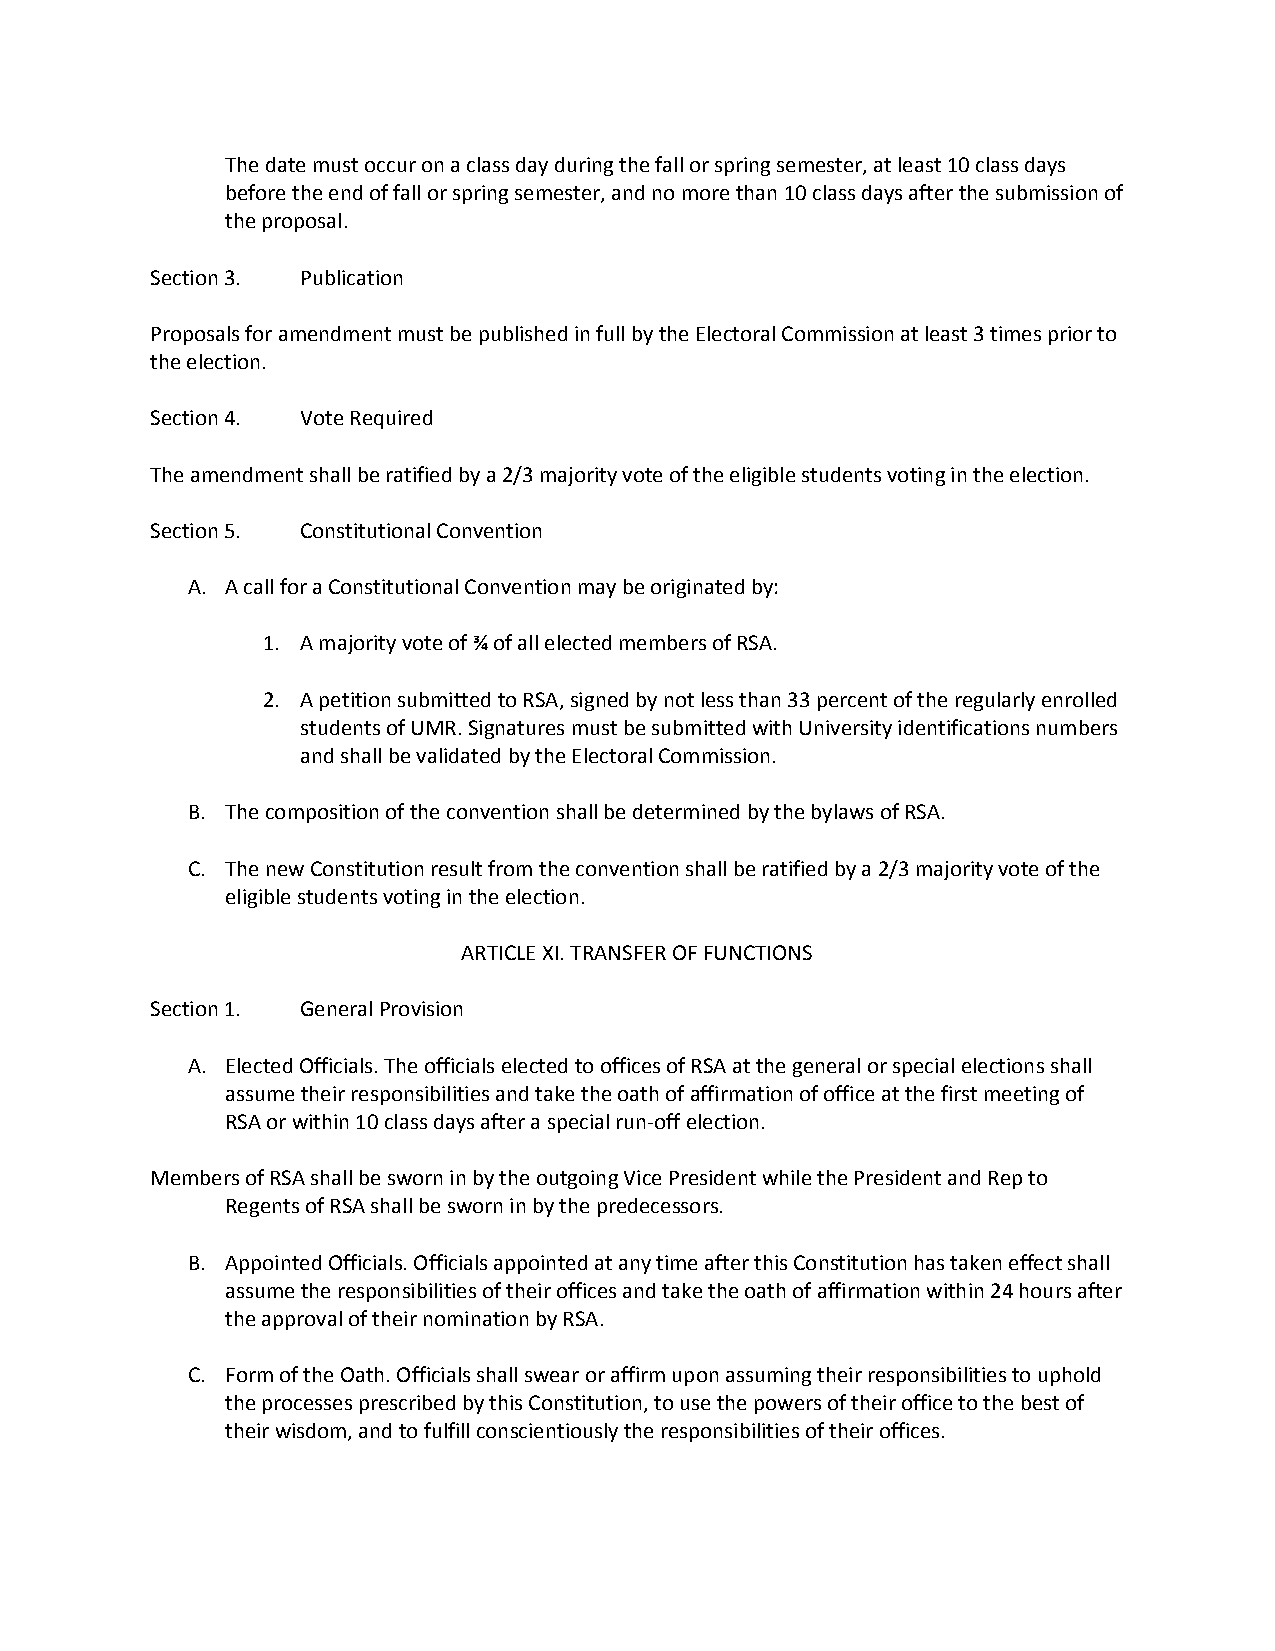
The date must occur on a class day during the fall or spring semester, at least 10 class days
 before the end of fall or spring semester, and no more than 10 class days after the submission of
 the proposal.
 Section 3. Publication
 Proposals for amendment must be published in full by the Electoral Commission at least 3 times prior to
 the election.
 Section 4. Vote Required
 The amendment shall be ratified by a 2/3 majority vote of the eligible students voting in the election.
 Section 5. Constitutional Convention
 A. A call for a Constitutional Convention may be originated by:
 1. A majority vote of ¾ of all elected members of RSA.
 2. A petition submitted to RSA, signed by not less than 33 percent of the regularly enrolled
 students of UMR. Signatures must be submitted with University identifications numbers
 and shall be validated by the Electoral Commission.
 B. The composition of the convention shall be determined by the bylaws of RSA.
 C. The new Constitution result from the convention shall be ratified by a 2/3 majority vote of the
 eligible students voting in the election.
 ARTICLE XI. TRANSFER OF FUNCTIONS
 Section 1. General Provision
 A. Elected Officials. The officials elected to offices of RSA at the general or special elections shall
 assume their responsibilities and take the oath of affirmation of office at the first meeting of
 RSA or within 10 class days after a special run-off election.
 Members of RSA shall be sworn in by the outgoing Vice President while the President and Rep to
 Regents of RSA shall be sworn in by the predecessors.
 B. Appointed Officials. Officials appointed at any time after this Constitution has taken effect shall
 assume the responsibilities of their offices and take the oath of affirmation within 24 hours after
 the approval of their nomination by RSA.
 C. Form of the Oath. Officials shall swear or affirm upon assuming their responsibilities to uphold
 the processes prescribed by this Constitution, to use the powers of their office to the best of
 their wisdom, and to fulfill conscientiously the responsibilities of their offices.